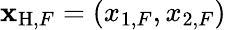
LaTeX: {\mathbf x}_{\mathrm{H},F}=(x_{1,F},x_{2,F})